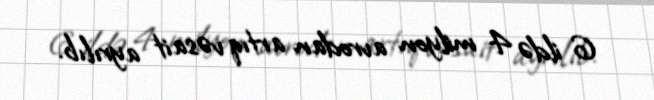
6 ildə 4 milyon avrodan artıq vəsait ayrılıb.